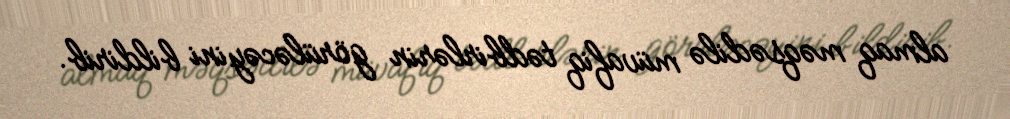
almaq məqsədilə müvafiq tədbirlərin görüləcəyini bildirib.